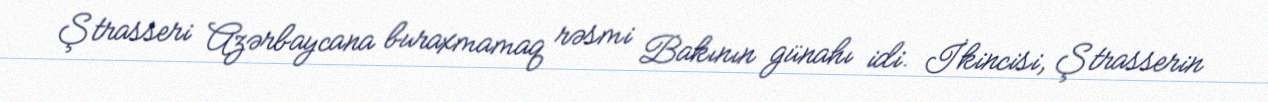
Ştrasseri Azərbaycana buraxmamaq rəsmi Bakının günahı idi. İkincisi, Ştrasserin